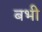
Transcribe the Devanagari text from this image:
बभी